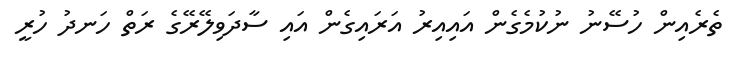
ތެރެއިން ހުސޭނު ނުކުމެގެން އައިއިރު އަރައިގެން އައި ސާދަވިލޭރޭގެ ރަތް ހަނދު ހުރީ